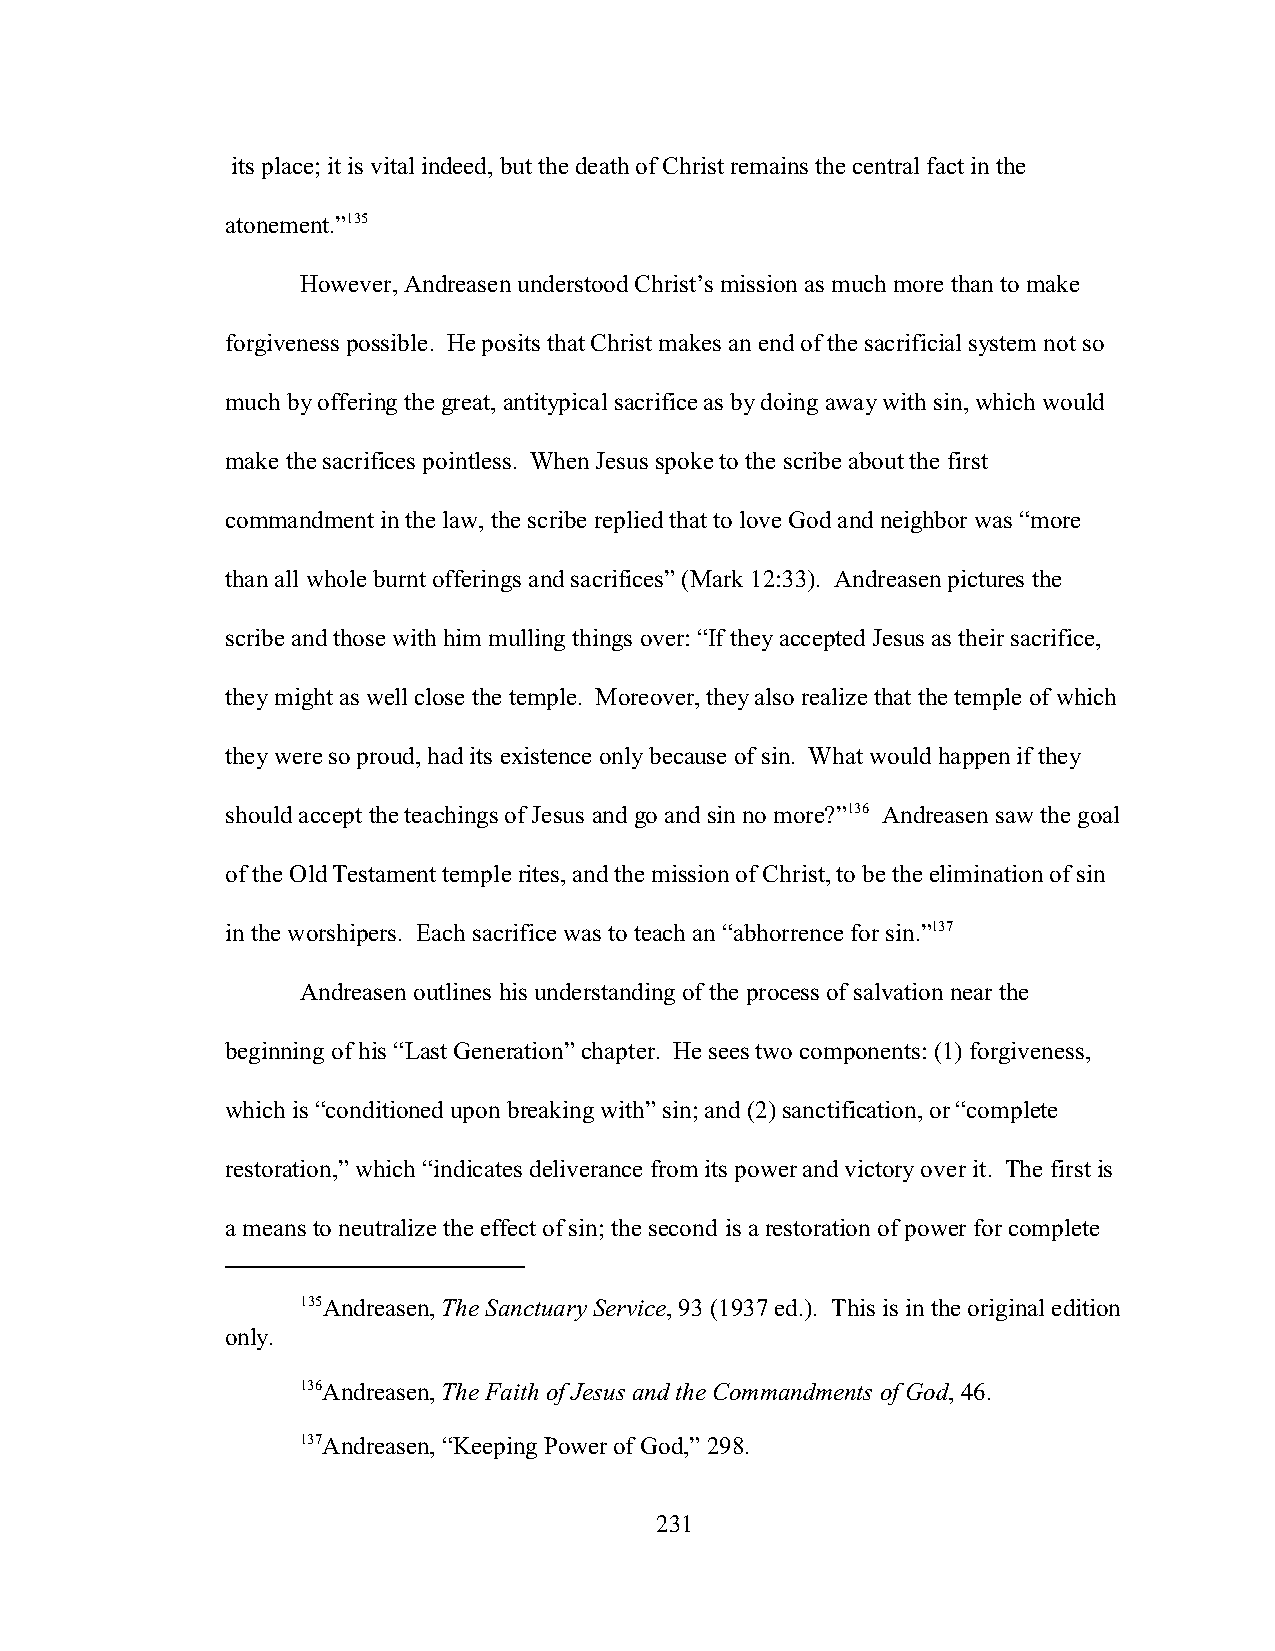
its place; it is vital indeed, but the death of Christ remains the central fact in the
 atonement.”135
 However, Andreasen understood Christ’s mission as much more than to make
 forgiveness possible. He posits that Christ makes an end of the sacrificial system not so
 much by offering the great, antitypical sacrifice as by doing away with sin, which would
 make the sacrifices pointless. When Jesus spoke to the scribe about the first
 commandment in the law, the scribe replied that to love God and neighbor was “more
 than all whole burnt offerings and sacrifices” (Mark 12:33). Andreasen pictures the
 scribe and those with him mulling things over: “If they accepted Jesus as their sacrifice,
 they might as well close the temple. Moreover, they also realize that the temple of which
 they were so proud, had its existence only because of sin. What would happen if they
 should accept the teachings of Jesus and go and sin no more?”136 Andreasen saw the goal
 of the Old Testament temple rites, and the mission of Christ, to be the elimination of sin
 in the worshipers. Each sacrifice was to teach an “abhorrence for sin.”137
 Andreasen outlines his understanding of the process of salvation near the
 beginning of his “Last Generation” chapter. He sees two components: (1) forgiveness,
 which is “conditioned upon breaking with” sin; and (2) sanctification, or “complete
 restoration,” which “indicates deliverance from its power and victory over it. The first is
 a means to neutralize the effect of sin; the second is a restoration of power for complete
 135Andreasen, The Sanctuary Service, 93 (1937 ed.). This is in the original edition
 only.
 136Andreasen, The Faith of Jesus and the Commandments of God, 46.
 137Andreasen, “Keeping Power of God,” 298.
 231